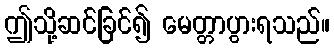
ဤသို့ဆင်ခြင်၍ မေတ္တာပွားရသည်။